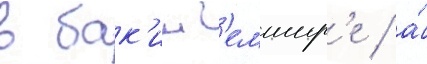
в бак'инг'емшир'е / а́